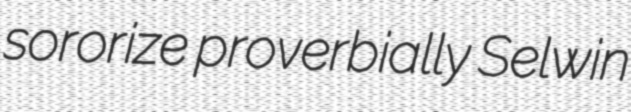
sororize proverbially Selwin